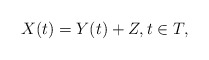
\begin{align*}X(t) = Y(t) + Z, t \in T,\end{align*}